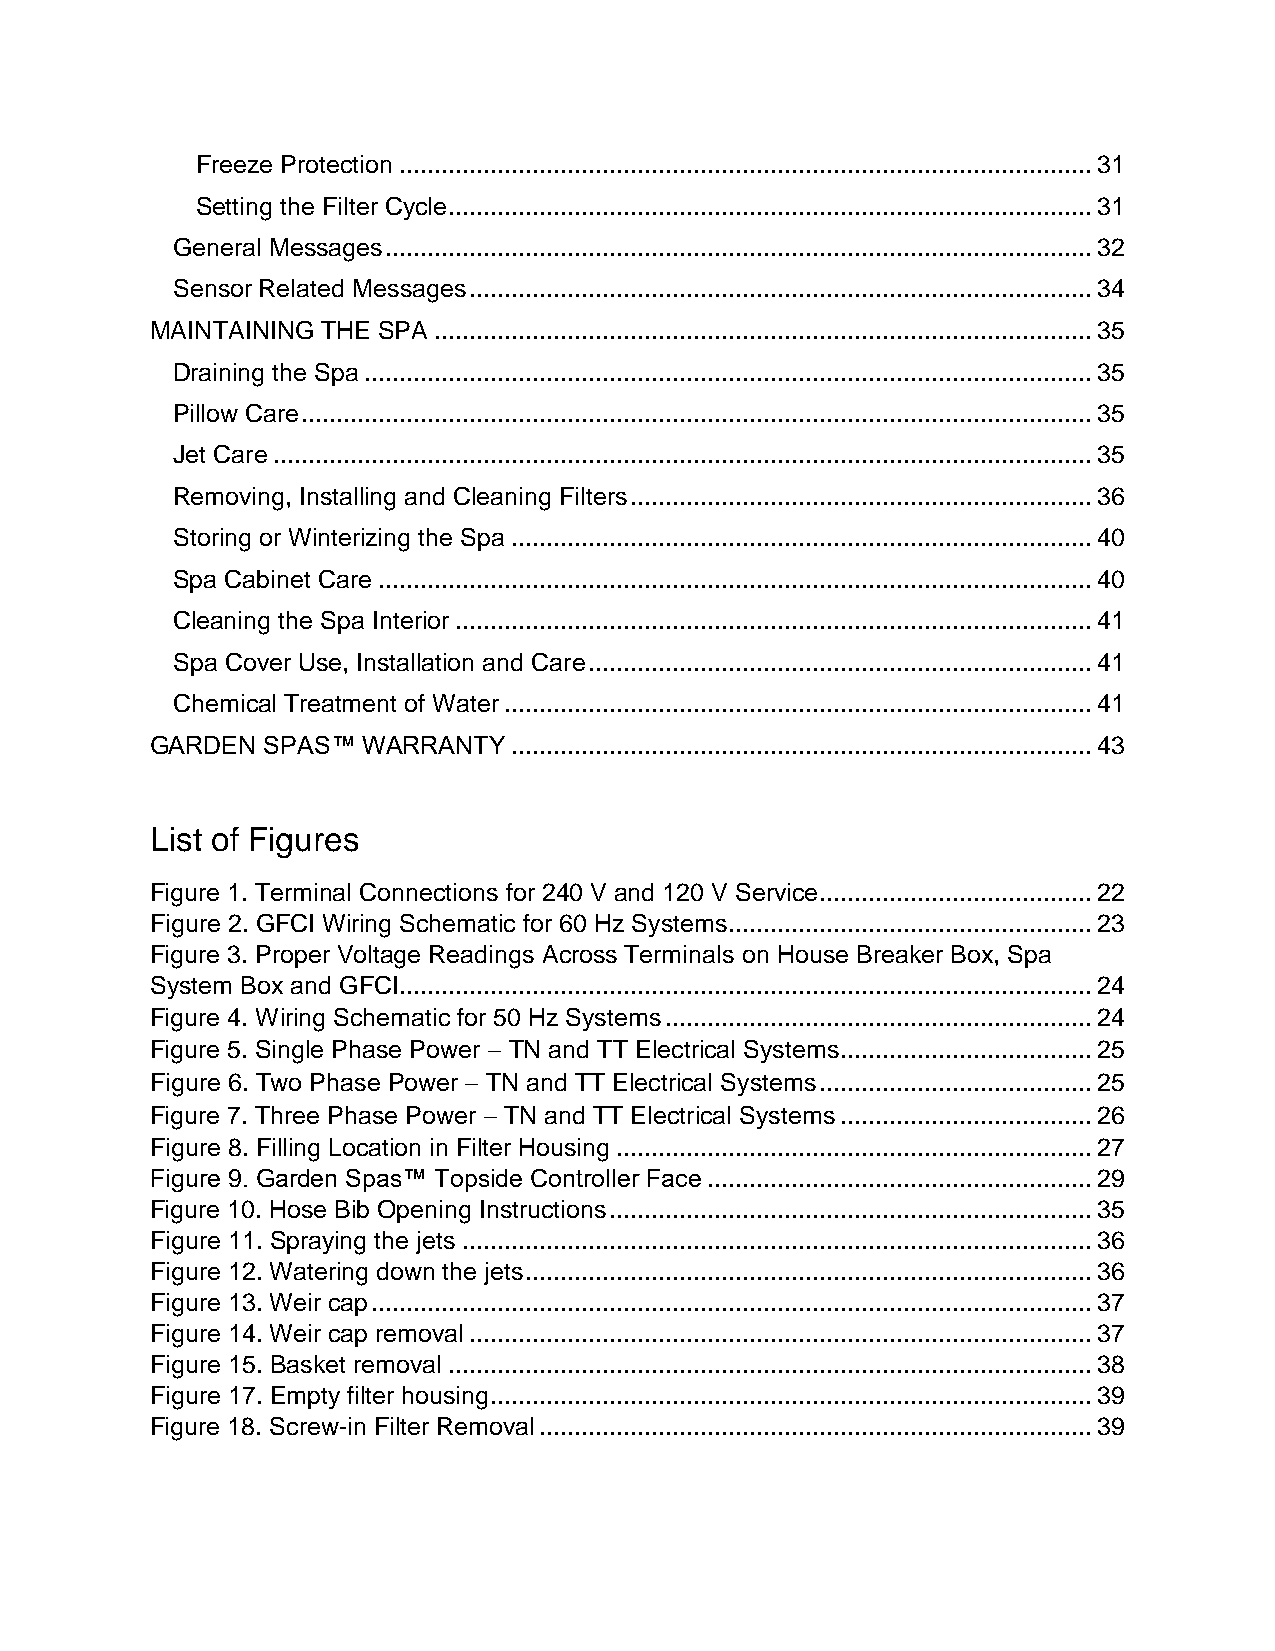
Freeze Protection ................................................................................................... 31
 Setting the Filter Cycle ............................................................................................ 31
 General Messages ..................................................................................................... 32
 Sensor Related Messages ......................................................................................... 34
 MAINTAINING THE SPA .............................................................................................. 35
 Draining the Spa ........................................................................................................ 35
 Pillow Care ................................................................................................................. 35
 Jet Care ..................................................................................................................... 35
 Removing, Installing and Cleaning Filters .................................................................. 36
 Storing or Winterizing the Spa ................................................................................... 40
 Spa Cabinet Care ...................................................................................................... 40
 Cleaning the Spa Interior ........................................................................................... 41
 Spa Cover Use, Installation and Care ........................................................................ 41
 Chemical Treatment of Water .................................................................................... 41
 GARDEN SPAS™  WARRANTY  ................................................................................... 43
 List of Figures
 Figure 1. Terminal Connections for 240 V and 120 V Service ....................................... 22
 Figure 2. GFCI Wiring Schematic for 60 Hz Systems.................................................... 23
 Figure 3. Proper Voltage Readings Across Terminals on House Breaker Box, Spa
 System Box and GFCI ................................................................................................... 24
 Figure 4. Wiring Schematic for 50 Hz Systems ............................................................. 24
 Figure 5. Single Phase Power  TN and TT Electrical Systems .................................... 25
 Figure 6. Two Phase Power  TN and TT Electrical Systems ....................................... 25
 Figure 7. Three Phase Power  TN and TT Electrical Systems .................................... 26
 Figure 8. Filling Location in Filter Housing .................................................................... 27
 Figure 9. Garden Spas™ Topside Controller Face ....................................................... 29
 Figure 10. Hose Bib Opening Instructions ..................................................................... 35
 Figure 11. Spraying the jets .......................................................................................... 36
 Figure 12. Watering down the jets ................................................................................. 36
 Figure 13. Weir cap ....................................................................................................... 37
 Figure 14. Weir cap removal ......................................................................................... 37
 Figure 15. Basket removal ............................................................................................ 38
 Figure 17. Empty filter housing ...................................................................................... 39
 Figure 18. Screw-in Filter Removal ............................................................................... 39